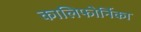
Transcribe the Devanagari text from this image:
कालिफोर्निका